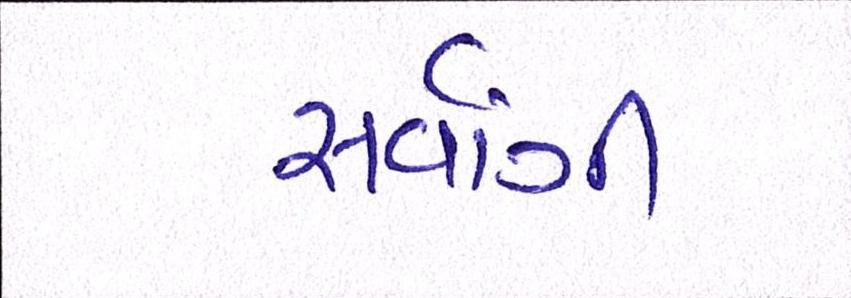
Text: સર્વાગી